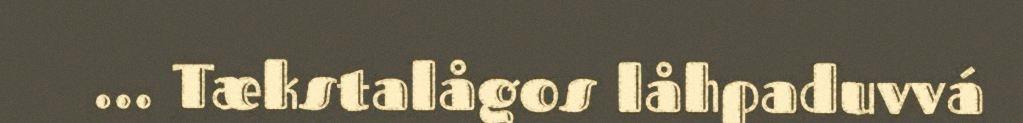
… Tækstalågos låhpaduvvá